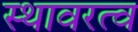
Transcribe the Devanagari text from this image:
स्थावरत्व